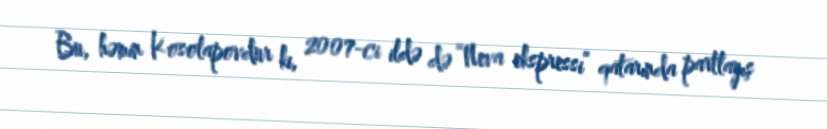
Bu, həmin Kosolapovdur ki, 2007-ci ildə də “Neva ekspressi” qatarında partlayış